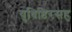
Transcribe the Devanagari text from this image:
युधिष्ठिरसह